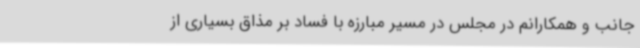
جانب و همکارانم در مجلس در مسیر مبارزه با فساد بر مذاق بسیاری از